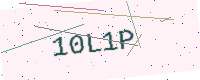
Text: 10L1P